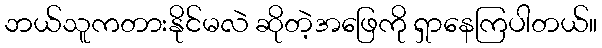
ဘယ်သူကတားနိုင်မလဲ ဆိုတဲ့အဖြေကို ရှာနေကြပါတယ်။